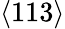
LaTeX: \langle 113\rangle